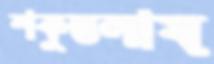
শকুন্তলায়